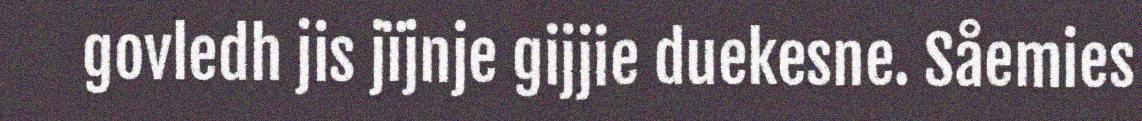
govledh jis jïjnje gijjie duekesne. Såemies